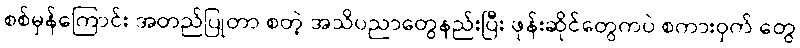
စစ်မှန်ကြောင်း အတည်ပြုတာ စတဲ့ အသိပညာတွေနည်းပြီး ဖုန်းဆိုင်တွေကပဲ စကားဝှက် တွေ